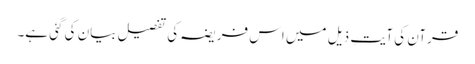
قرآن کی آیتِ ذیل میں اس فریضہ کی تفصیل بیان کی گئی ہے۔